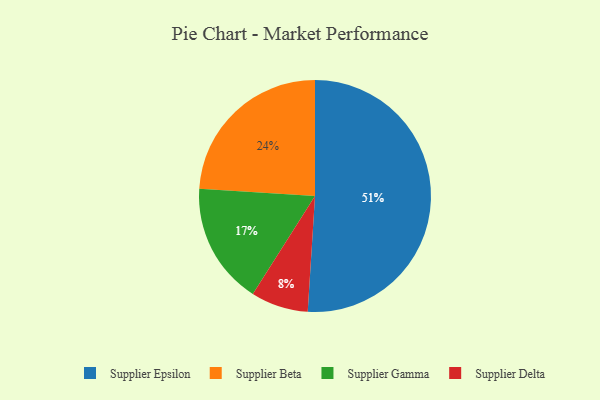
{"axis": {"x": "Category", "y": "Percentage"}, "legend": ["Supplier Beta", "Supplier Delta", "Supplier Epsilon", "Supplier Gamma"], "data": [{"x": "Supplier Gamma", "y": 17, "type": "Supplier Gamma"}, {"x": "Supplier Epsilon", "y": 51, "type": "Supplier Epsilon"}, {"x": "Supplier Delta", "y": 8, "type": "Supplier Delta"}, {"x": "Supplier Beta", "y": 24, "type": "Supplier Beta"}]}